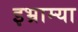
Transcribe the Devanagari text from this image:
इभ्राम्या